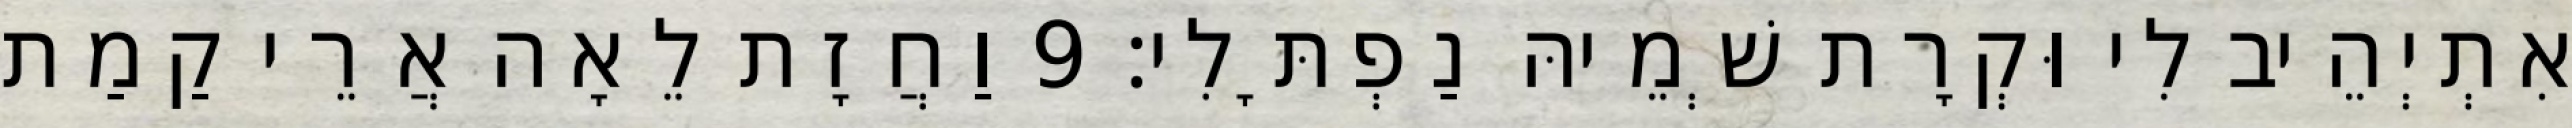
אִתְיְהֵיב לִי וּקְרָת שְׁמֵיהּ נַפְתָּלִי׃ 9 וַחֲזָת לֵאָה אֲרֵי קַמַת